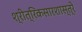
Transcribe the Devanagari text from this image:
श्रीत्रिकसारशास्त्रे